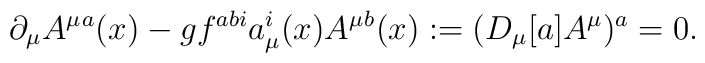
\partial_\mu A^\mu{}^a(x) - g f^{abi}a_\mu^i(x) A^\mu{}^b(x)  := (D_\mu[a] A^\mu)^a = 0 .